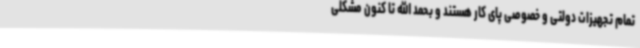
تمام تجهیزات دولتی و خصوصی پای کار هستند و بحمد الله تا کنون مشکلی